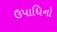
ઉપાધિનો